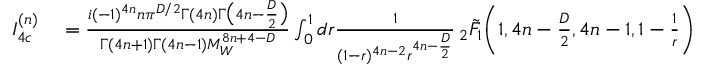
\begin{array} { r l } { I _ { 4 c } ^ { ( n ) } } & { { } = \frac { i ( - 1 ) ^ { 4 n } n \pi ^ { D / 2 } \Gamma ( 4 n ) \Gamma \big ( 4 n - \frac { D } { 2 } \big ) } { \Gamma ( 4 n + 1 ) \Gamma ( 4 n - 1 ) M _ { W } ^ { 8 n + 4 - D } } \int _ { 0 } ^ { 1 } d r \frac { 1 } { ( 1 - r ) ^ { 4 n - 2 } r ^ { 4 n - \frac { D } { 2 } } } \, _ { 2 } \tilde { F } _ { 1 } \bigg ( 1 , 4 n - \frac { D } { 2 } , 4 n - 1 , 1 - \frac { 1 } { r } \bigg ) } \end{array}